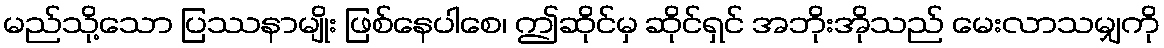
မည်သို့သော ပြဿနာမျိုး ဖြစ်နေပါစေ၊ ဤဆိုင်မှ ဆိုင်ရှင် အဘိုးအိုသည် မေးလာသမျှကို